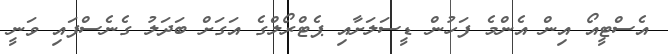
އެސްޓީއޯ އިން އެންމެ ފަހުން ޑީސަލަށާއި ޕެޓްރޯލްގެ އަގަށް ބަދަލު ގެނެސްފައި ވަނީ